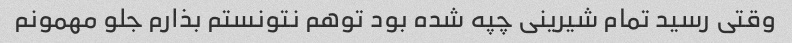
وقتی رسید تمام شیرینی چپه شده بود توهم نتونستم بذارم جلو مهمونم